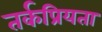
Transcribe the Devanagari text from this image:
तर्कप्रियता